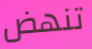
تنهض